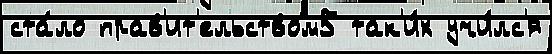
ста́ло прав'ит'ельством5 так'и́х учи́лс'я